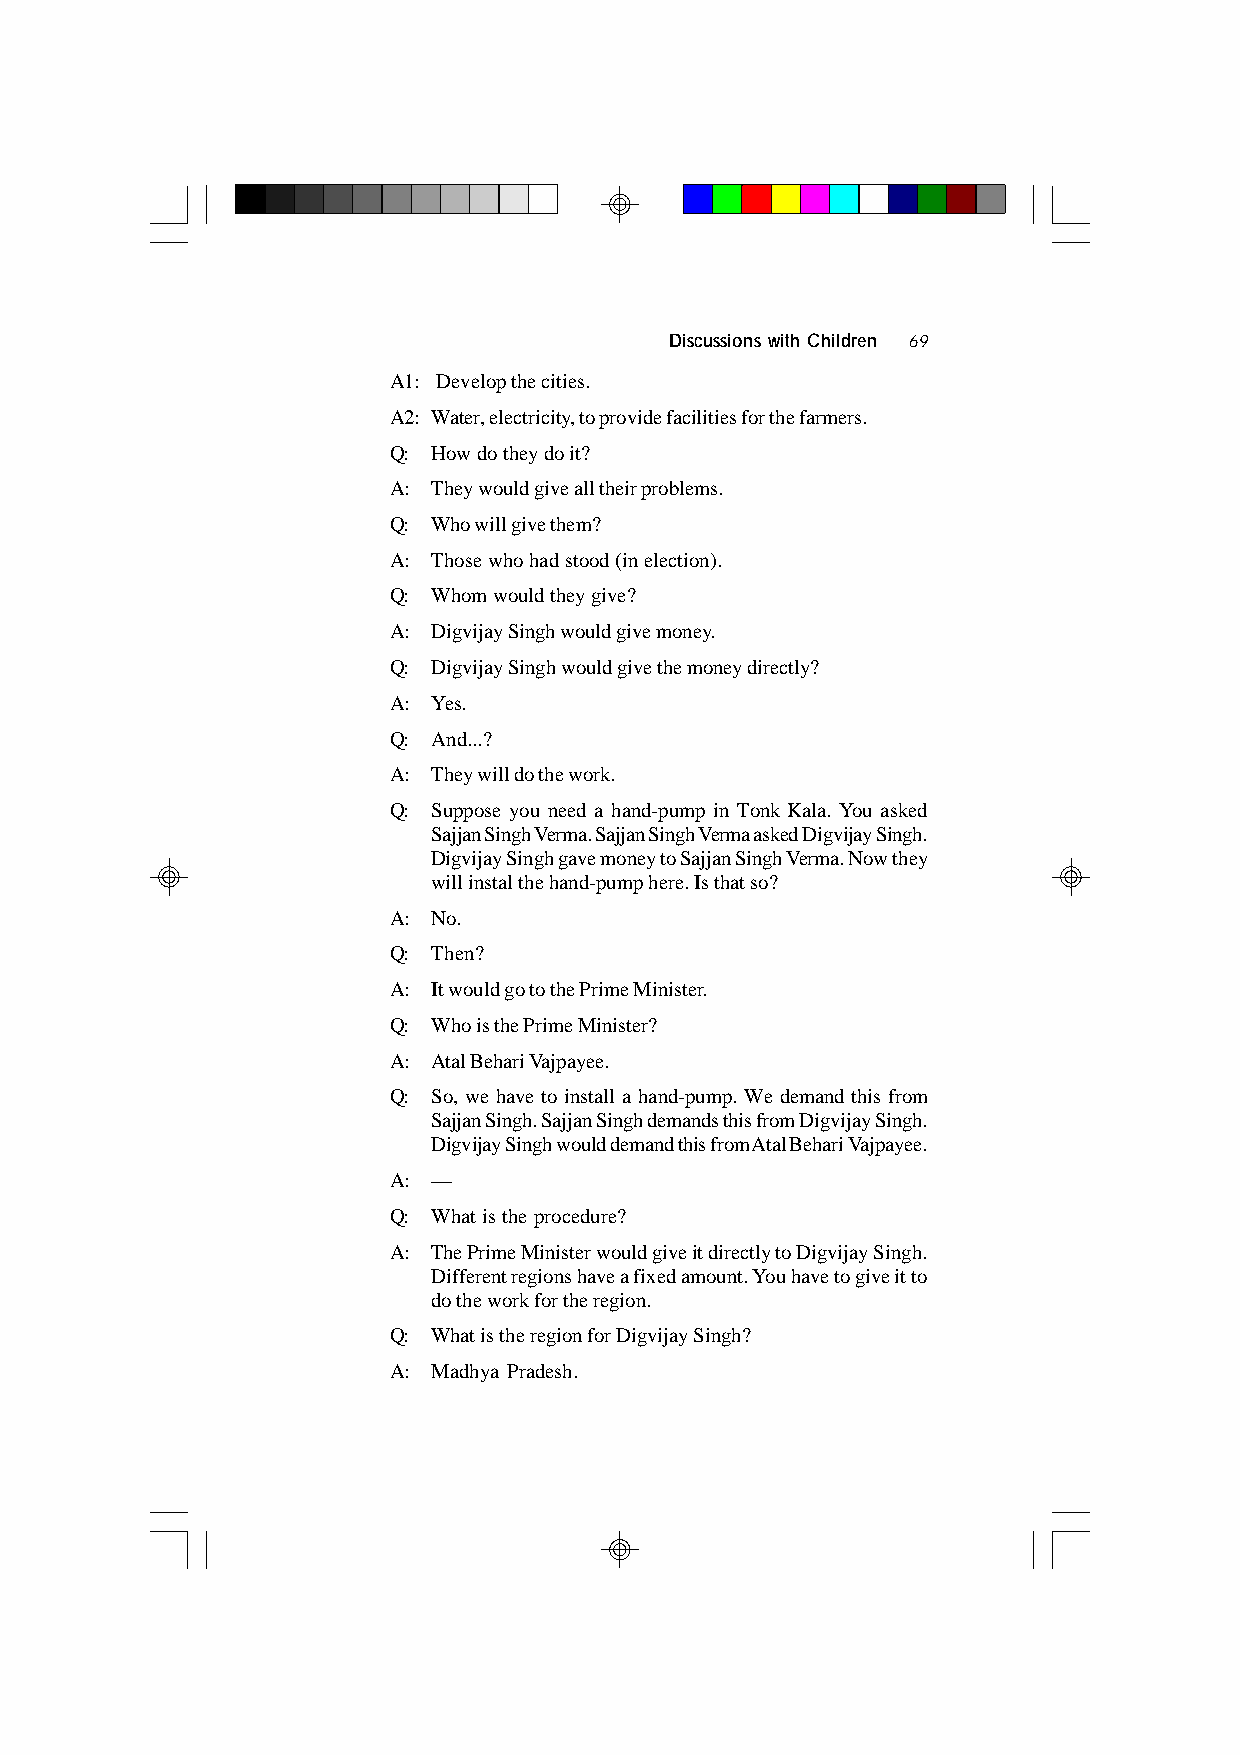
Discussions with Children 69
 A1: Develop the cities.
 A2: Water, electricity, to provide facilities for the farmers.
 Q: How do they do it?
 A: They would give all their problems.
 Q: Who will give them?
 A: Those who had stood (in election).
 Q: Whom would they give?
 A: Digvijay Singh would give money.
 Q: Digvijay Singh would give the money directly?
 A: Yes.
 Q: And...?
 A: They will do the work.
 Q: Suppose you need a hand-pump in Tonk Kala. You asked
 Sajjan Singh Verma. Sajjan Singh Verma asked Digvijay Singh.
 Digvijay Singh gave money to Sajjan Singh Verma. Now they
 will instal the hand-pump here. Is that so?
 A: No.
 Q: Then?
 A: It would go to the Prime Minister.
 Q: Who is the Prime Minister?
 A: Atal Behari Vajpayee.
 Q: So, we have to install a hand-pump. We demand this from
 Sajjan Singh. Sajjan Singh demands this from Digvijay Singh.
 Digvijay Singh would demand this from Atal Behari Vajpayee.
 A: —
 Q: What is the procedure?
 A: The Prime Minister would give it directly to Digvijay Singh.
 Different regions have a fixed amount. You have to give it to
 do the work for the region.
 Q: What is the region for Digvijay Singh?
 A: Madhya Pradesh.